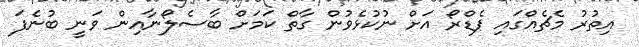
އިތުރު މެޗެއްގައި ޕެޑްރޯ އަށް ނުކުޅެވުން ގާތް ކަމަށް ބާސެލޯނާއިން ވަނީ ބުނެފަ